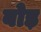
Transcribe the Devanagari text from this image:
बोड़